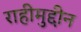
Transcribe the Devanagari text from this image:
राहीमुद्दीन